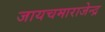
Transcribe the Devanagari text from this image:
जायचमाराजेन्द्र